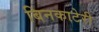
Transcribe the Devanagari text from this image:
बिनकाटेरी